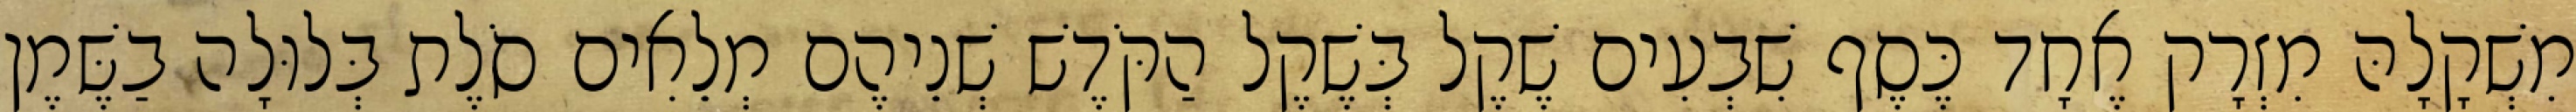
מִשְׁקָלָהּ מִזְרָק אֶחָד כֶּסֶף שִׁבְעִים שֶׁקֶל בְּשֶׁקֶל הַקֹּדֶשׁ שְׁנֵיהֶם מְלֵאִים סֹלֶת בְּלוּלָה בַשֶּׁמֶן